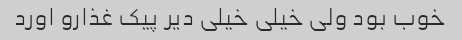
خوب بود ولی خیلی خیلی دیر پیک غذارو اورد